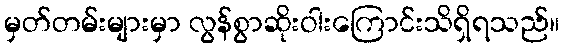
မှတ်တမ်းများမှာ လွန်စွာဆိုးဝါးကြောင်းသိရှိရသည်။